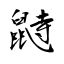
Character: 鼭